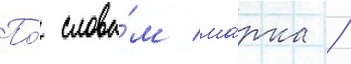
По́ слова́м ма́рка /